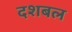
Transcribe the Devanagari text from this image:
दशबल